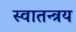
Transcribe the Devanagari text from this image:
स्वातन्त्रय